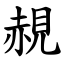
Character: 䚂